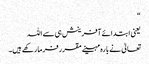
“
یعنی ابتدائے آفرینش ہی سے اللہ
تعالیٰ نے بارہ مہینے مقرر فرما رکھے ہیں۔